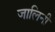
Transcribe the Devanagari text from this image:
जालिनी